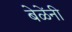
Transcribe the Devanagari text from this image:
बेळेंनी